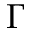
\Gamma